Civil Veterinary Department Bihar & Orissa reports 1929-36 - 1929-1936
Year: 1929
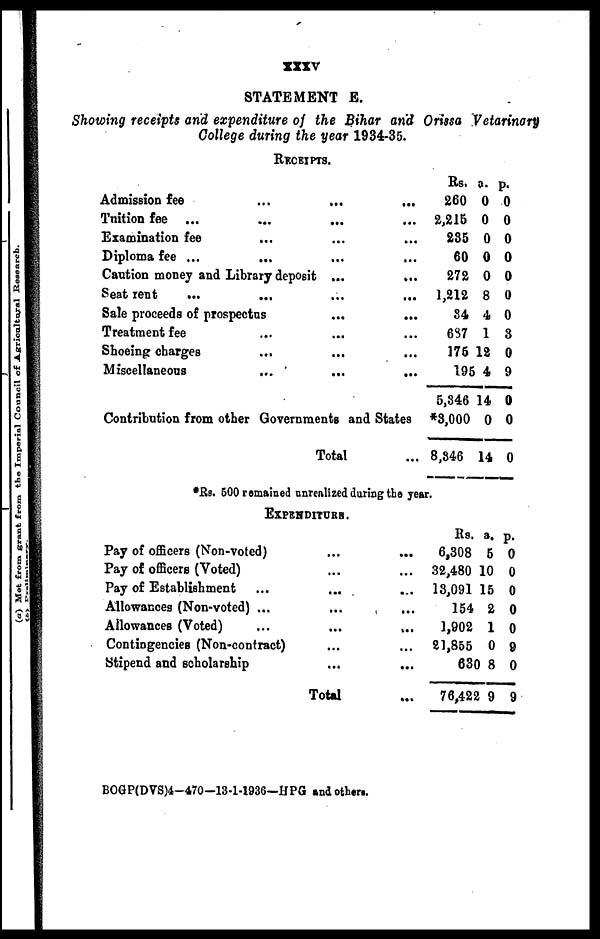
XXXV
STATEMENT E.
Showing receipts and expenditure of the Bihar and Orissa Vetarinary
College during the year 1934-35.
RECEIPTS.
Admission fee
...
...
...
Tuition fee ... ... ... ...
Examination fee ... ... ...
Diploma fee ... ... ... ...
Caution money and Library deposit ... ...
Seat rent
...
...
...
...
Sale proceeds of prospectus ... ...
Treatment fee ... ... ...
Shoeing charges ... ... ...
Miscellaneous ... ... ...
Contribution from other Governments and States
Total ...
Rs. a. p.
260 0 0
2,215 0 0
235 0 0
60 0 0
272 0 0
1,212 8 0
84 4 0
68 1 3
175 12 0
195 4 9
5,346 14 0
*3,000 0 0
8,346 14 0
*Rs. 500 remained unrealized during the year.
EXPENDITURE.
Pay of officers (Non-voted) ... ...
Pay of officers (Voted) ... ...
Pay of Establishment ... ... ...
Allowances (Non-voted) ... ... ...
Allowances (Voted) ... ... ...
Contingencies (Non-contract) ... ...
Stipend and scholarship ... ...
Total ...
Rs. a. p.
6,308 5 0
32,480 10 0
13,091 15 0
154 2 0
1,902 1 0
21,855 0 9
630 8 0
76,422 9 9
BOGP(DVS)4-470-13-1-1936—HPG and others.